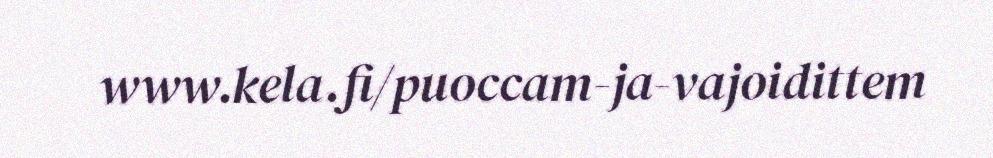
www.kela.fi/puoccam-ja-vajoidittem